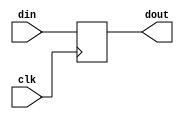
// Block Delay

module DelayActionRAM(clk, din,dout);
  input clk;
  input [15:0] din;
  output reg [15:0] dout = 16'd0;

  //buffer register;
  reg [15:0] temp1,temp2,temp3;

  always@(posedge clk) begin
      dout <= din;
  end
endmodule

module DelayReward(clk,din,dout);
  input clk;
  input [15:0] din;
  output reg [15:0] dout = 16'd0;
  //buffer register;
  reg [15:0] temp1,temp2;

  always@(posedge clk) begin
      //temp1 <= din;
      dout  <= din;
  end
endmodule

module DelayState(clk,din,dout);
  input clk;
  input [5:0] din;
  output reg [5:0] dout = 5'd0;
  //buffer register;
  reg [5:0] temp1,temp2;

  always@(posedge clk) begin
     dout  <= din;
  end
endmodule